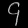
Digit: ၄